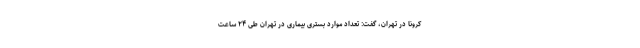
کرونا در تهران، گفت: تعداد موارد بستری بیماری در تهران طی ۲۴ ساعت